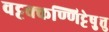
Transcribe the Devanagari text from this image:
वट्टक्कण्णिट्टेषु़त्तु